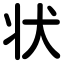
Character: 状